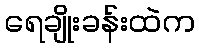
ရေချိုးခန်းထဲက